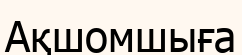
Ақшомшыға